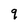
Character: q